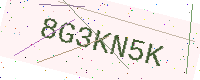
Text: 8G3KN5K